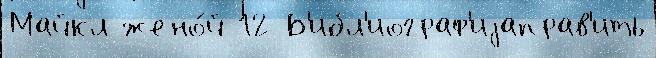
Майкл жено́й 12 Б'ибл'иограф'иjаправ'ить